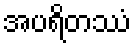
အပရိတဿံ